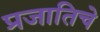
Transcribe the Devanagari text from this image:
प्रजातिचे